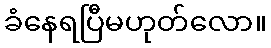
ခံနေရပြီမဟုတ်လော။